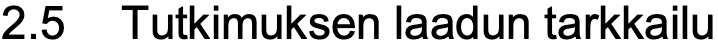
2.5 Tutkimuksen laadun tarkkailu